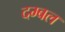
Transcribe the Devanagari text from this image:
दम्बल